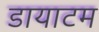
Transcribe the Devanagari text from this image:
डायाटम